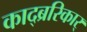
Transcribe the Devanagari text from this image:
काद्ब्ररिकार्